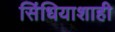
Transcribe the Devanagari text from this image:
सिंधियाशाही